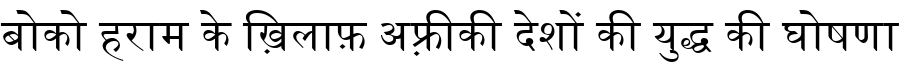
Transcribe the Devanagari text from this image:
बोको हराम के ख़िलाफ़ अफ़्रीकी देशों की युद्ध की घोषणा